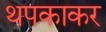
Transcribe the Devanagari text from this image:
थपकाकर